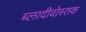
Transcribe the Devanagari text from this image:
ब्लादीवोस्तक